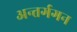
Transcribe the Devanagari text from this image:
अन्तर्गगन